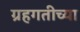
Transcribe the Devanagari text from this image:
ग्रहगतीच्या